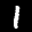
Label: 1